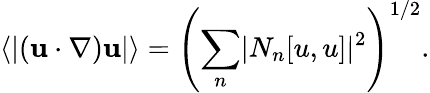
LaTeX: \left\langle\lvert({\mathbf u}\cdot\nabla){\mathbf u}\rvert\right\rangle=\left(\sum_{n}\lvert N_{n}[u,u]\rvert^{2}\right)^{1/2}.